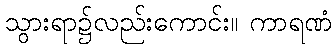
သွားရာ၌လည်းကောင်း။ ကာရဏံ